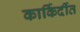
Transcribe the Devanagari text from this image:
कार्किर्दीत